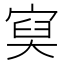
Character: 𡩔